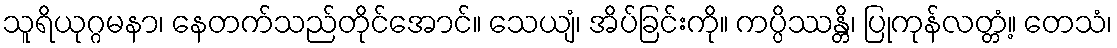
သူရိယုဂ္ဂမနာ၊ နေတက်သည်တိုင်အောင်။ သေယျံ၊ အိပ်ခြင်းကို။ ကပ္ပိဿန္တိ၊ ပြုကုန်လတ္တံ့။ တေသံ၊